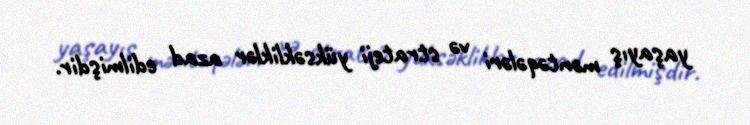
yaşayış məntəqələri və strateji yüksəkliklər azad edilmişdir.